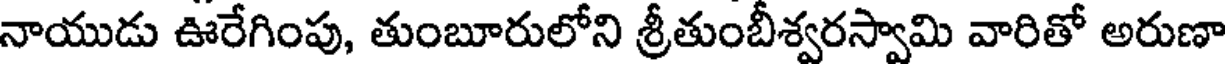
నాయుడు ఊరేగింపు, తుంబూరులోని శ్రీతుంబీశ్వరస్వామి వారితో అరుణా